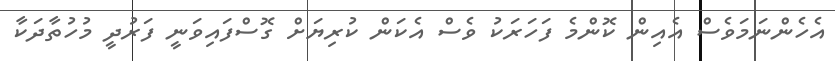
އެހެންނަމަވެސް އެއިން ކޮންމެ ފަހަރަކު ވެސް އެކަން ކުރިޔަށް ގޮސްފައިވަނީ ފަރުދީ މުހުތާދަކާ